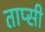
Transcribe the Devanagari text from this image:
ताप्सी